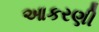
આકરણી